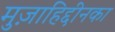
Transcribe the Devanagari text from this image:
मुज़ाहिद्दीनका